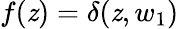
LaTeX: {f(\mathit{z})=\delta(\mathit{z},w_{1})}